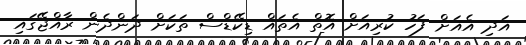
އަދި އެއަށް ފަހު ކުރިއަށް އޮތް އެތައް ޑިކޭޑްސް ތަކަށް ދަންދެން ރާއްޖޭގައި